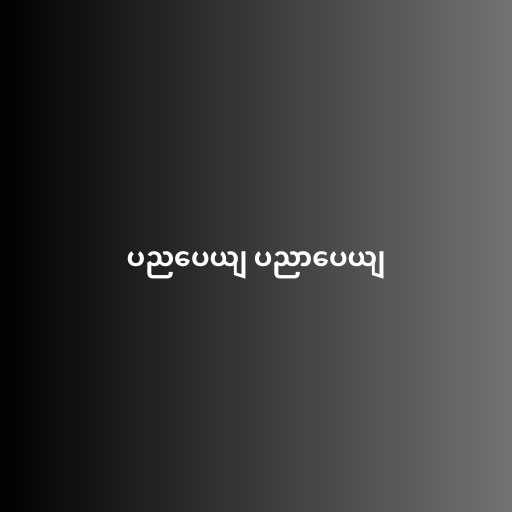
ပညပေယျ ပညာပေယျ